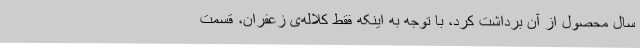
سال محصول از آن برداشت کرد، با توجه به اینکه فقط کلاله‌ی زعفران، قسمت